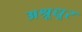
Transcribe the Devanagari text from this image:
अश्रूधूर